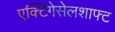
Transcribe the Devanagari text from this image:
एक्टिंगेसेलशाफ्ट